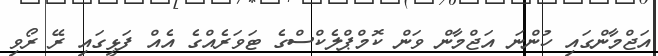
އަޖްމާންގައި ހުންނަ އަޖްމާން ވަން ކޮމްޕްލެކްސްގެ ޓަވަރެއްގެ އެއް ފަޅީގައި ރޭ ރޯވި